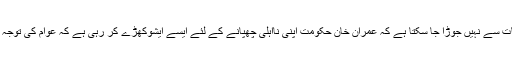
اب اس ساری صورتحال کو محض اس بات سے نہیں جوڑا جا سکتا ہے کہ عمران خان حکومت اپنی نااہلی چھپانے کے لئے ایسے ایشوکھڑے کر رہی ہے کہ عوام کی توجہ حکومتی کارکردگی سے ہٹائی جا سکے۔